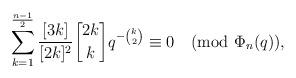
LaTeX: \begin{align*}\sum_{k=1}^{\frac{n-1}{2}}\frac{[3k]}{[2k]^2}{2k\brack k}q^{-{k\choose 2}}\equiv 0 \pmod{\Phi_n(q)}, \end{align*}